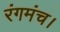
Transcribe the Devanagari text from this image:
रंगमंच।